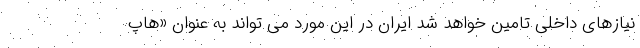
نیازهای داخلی تامین خواهد شد ایران در این مورد می تواند به عنوان «هاپ